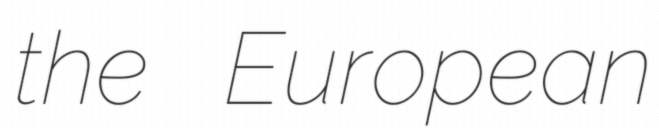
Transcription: the European